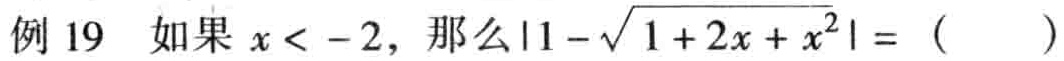
例 19 如果 \(x < -2\)，那么\(\vert1 - \sqrt{1 + 2x + x^{2}}\vert = (\quad)\)